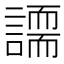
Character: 𧬐